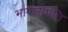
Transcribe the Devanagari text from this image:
भाषासंपत्ति